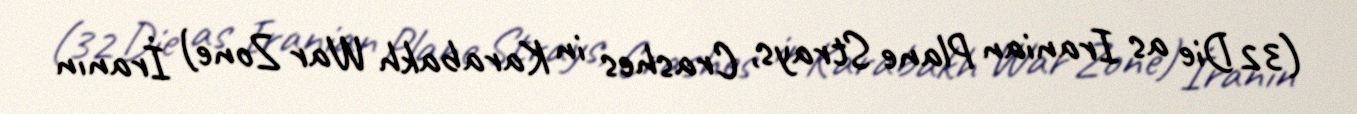
(32 Die as Iranian Plane Strays, Crashes in Karabakh War Zone) İranın